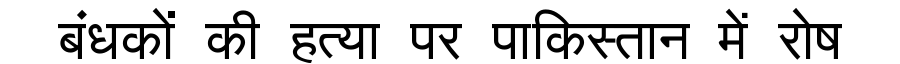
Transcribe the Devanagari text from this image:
बंधकों की हत्या पर पाकिस्तान में रोष